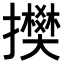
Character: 𢸅